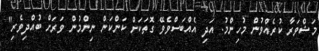
މަޝްވަރާ ކުރެއްވުން މުހިންމު. އަދި އެއްބަސްވެވޭ ގޮތަކަށް ކަންކަން ނިންމުން ވަރަށް ބުއްދިވެރި"